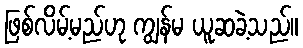
ဖြစ်လိမ့်မည်ဟု ကျွန်မ ယူဆခဲ့သည်။